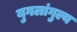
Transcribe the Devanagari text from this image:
युगलांगुल्य